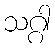
သဂ္ဂါ